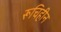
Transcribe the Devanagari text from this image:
रूचिहीन